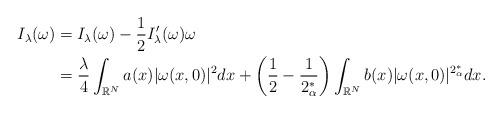
LaTeX: \begin{align*}I_\lambda(\omega)&=I_\lambda(\omega)-\frac{1}{2}I'_\lambda(\omega)\omega\\&=\frac{\lambda}{4}\displaystyle\int_{\mathbb{R}^N}a(x)|\omega(x,0)|^2dx+\left(\frac{1}{2}-\frac{1}{2_\alpha^*}\right)\displaystyle\int_{\mathbb{R}^N}b(x)|\omega(x,0)|^{2_\alpha^*}dx. \end{align*}